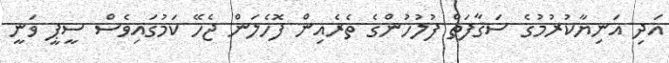
އަދި އަނިޔާކުރުމުގެ ސަޤާފަތް ފުލުހުންގެ ތެރެއިން ފޮހެލަން ޖެހޭ ކަމުގައިވެސް ސީޕީ ވަނީ